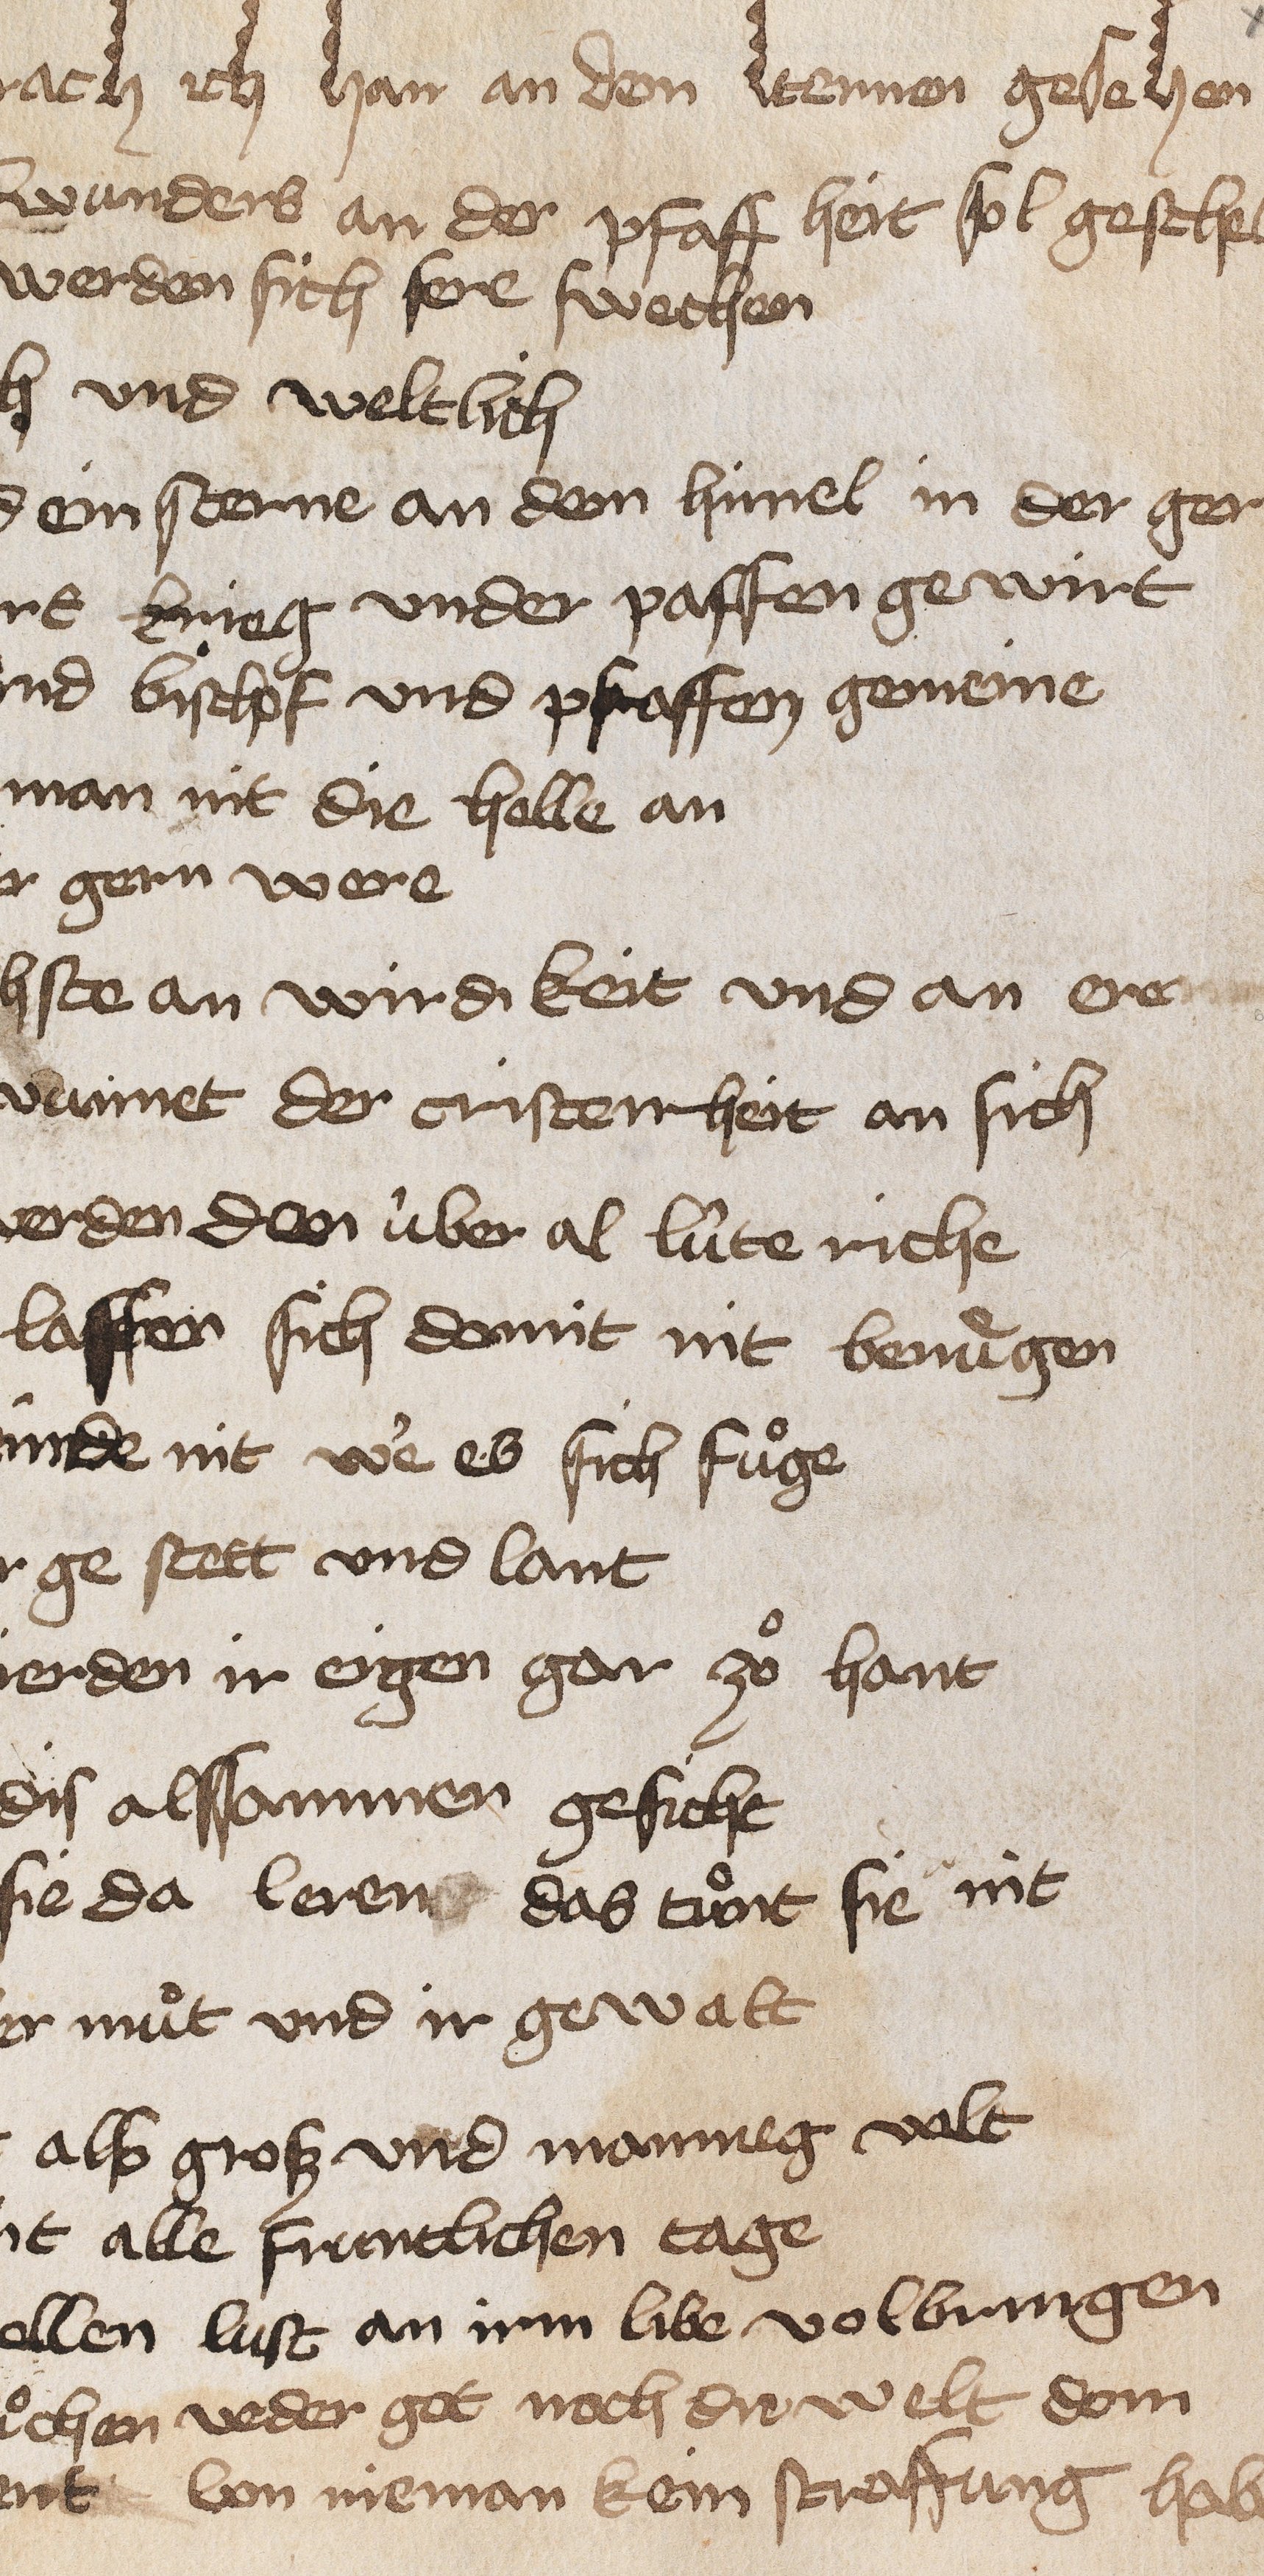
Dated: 1400–1449